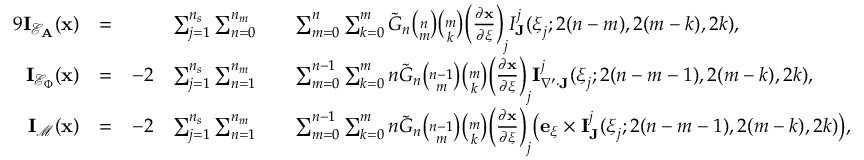
\begin{array} { r l r l r l } { { 9 } \mathbf { I } _ { \mathcal { E } _ { \mathbf { A } } } ( \mathbf { x } ) } & { = } & & { \sum _ { j = 1 } ^ { n _ { s } } \sum _ { n = 0 } ^ { n _ { m } } } & & { \sum _ { m = 0 } ^ { n } \sum _ { k = 0 } ^ { m } \tilde { G } _ { n } \binom { n } { m } \binom { m } { k } \bigg ( \frac { \partial \mathbf { x } } { \partial \xi } \bigg ) _ { j } I _ { \mathbf { J } } ^ { j } ( \boldsymbol { \xi } _ { j } ; 2 ( n - m ) , 2 ( m - k ) , 2 k ) , } \\ { \mathbf { I } _ { \mathcal { E } _ { \Phi } } ( \mathbf { x } ) } & { = } & { - 2 } & { \sum _ { j = 1 } ^ { n _ { s } } \sum _ { n = 1 } ^ { n _ { m } } } & & { \sum _ { m = 0 } ^ { n - 1 } \sum _ { k = 0 } ^ { m } n \tilde { G } _ { n } \binom { n - 1 } { m } \binom { m } { k } \bigg ( \frac { \partial \mathbf { x } } { \partial \boldsymbol { \xi } } \bigg ) _ { j } \mathbf { I } _ { \nabla ^ { \prime } \cdot \mathbf { J } } ^ { j } ( \boldsymbol { \xi } _ { j } ; 2 ( n - m - 1 ) , 2 ( m - k ) , 2 k ) , } \\ { \mathbf { I } _ { \mathcal { M } } ( \mathbf { x } ) } & { = } & { - 2 } & { \sum _ { j = 1 } ^ { n _ { s } } \sum _ { n = 1 } ^ { n _ { m } } } & & { \sum _ { m = 0 } ^ { n - 1 } \sum _ { k = 0 } ^ { m } n \tilde { G } _ { n } \binom { n - 1 } { m } \binom { m } { k } \bigg ( \frac { \partial \mathbf { x } } { \partial \boldsymbol { \xi } } \bigg ) _ { j } \big ( \mathbf { e } _ { \xi } \times \mathbf { I } _ { \mathbf { J } } ^ { j } ( \boldsymbol { \xi } _ { j } ; 2 ( n - m - 1 ) , 2 ( m - k ) , 2 k ) \big ) , } \end{array}